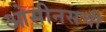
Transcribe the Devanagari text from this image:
ओसीनसची